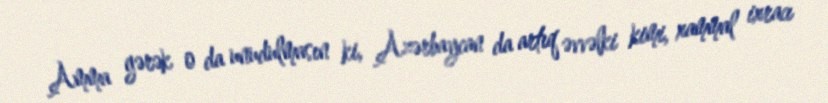
Amma gərək o da unudulmasın ki, Azərbaycan da artıq əvvəlki kimi, xammal ixracı